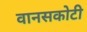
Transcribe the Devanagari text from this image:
वानसकोटी